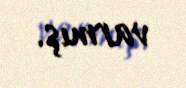
varmış.